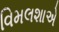
વિમલશાએ